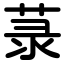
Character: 菉